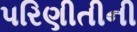
પરિણીતીની